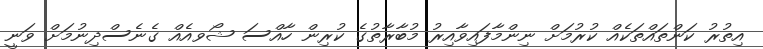
އިތުރު ކަންތައްތަކެއް ކުރުމަށް ނިންމާފައިވާއިރު މުބާރާތުގެ ކުރިން ހާއްސަ ޝޯވއެއް ގެނެސްދިނުމަށް ވަނީ